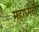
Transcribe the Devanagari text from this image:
महाध्मनी